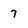
Character: 7